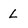
Character: L